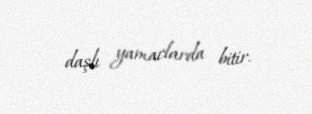
daşlı yamaclarda bitir.